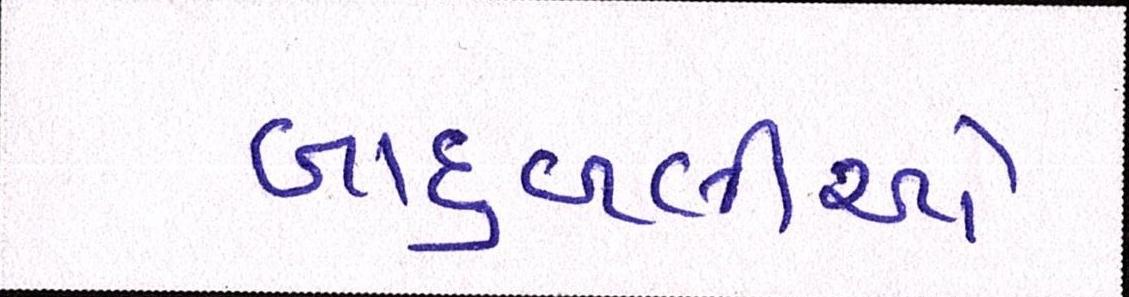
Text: બાદુબલીઓ